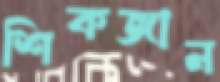
শিকজান